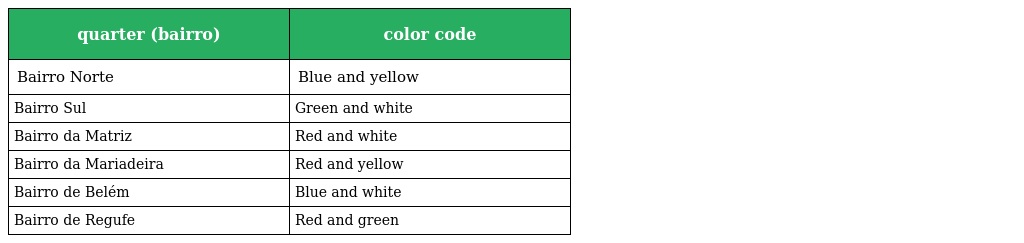
| quarter (bairro) | color code |
 | --- | --- |
 | Bairro Norte | Blue and yellow |
 | Bairro Sul | Green and white |
 | Bairro da Matriz | Red and white |
 | Bairro da Mariadeira | Red and yellow |
 | Bairro de Belém | Blue and white |
 | Bairro de Regufe | Red and green |